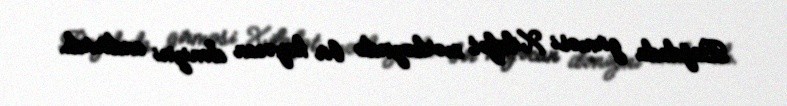
Bağdada girməsi Xilafət mərkəzində bir həyəcan dənizini andırırdı.